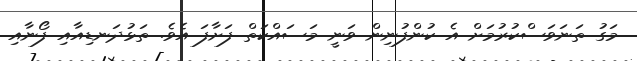
މަގު ތަނަވަސްކުރުމަށް އެ ކުންފުނިން ވަނީ މަސައްކަތް ފަށާފަ އެވެ. ތަޅުދަނޑިއާއި ފޯނާއި